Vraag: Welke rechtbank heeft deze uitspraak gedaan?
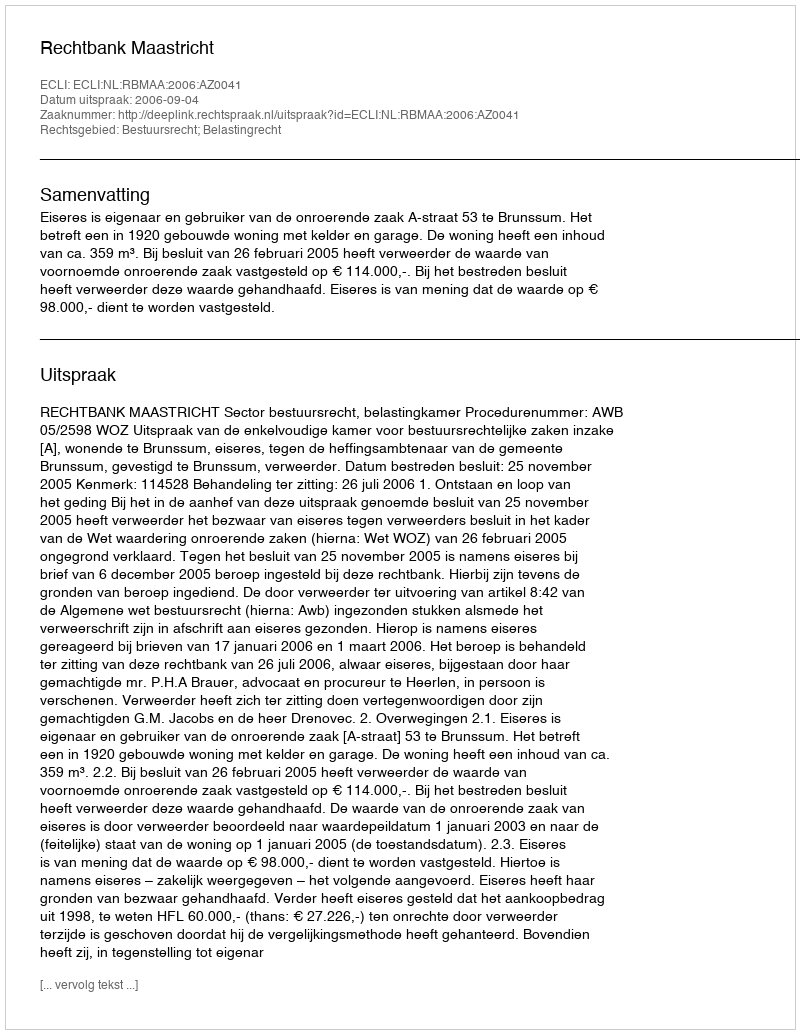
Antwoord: Rechtbank Maastricht